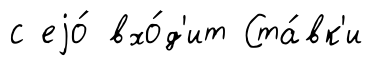
с еjо́ вхо́д'ит Ста́вк'и